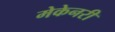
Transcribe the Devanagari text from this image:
मेकेनरी